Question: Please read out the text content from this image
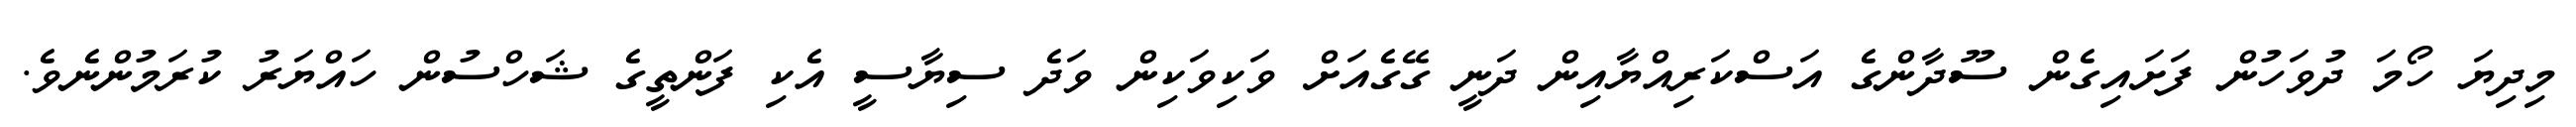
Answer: މިދިޔަ ހޯމަ ދުވަހުން ފަށައިގެން ސޫދާންގެ އަސްކަރިއްޔާއިން ދަނީ ގޭގެއަށް ވަކިވަކިން ވަދެ ސިޔާސީ އެކި ފަންތީގެ ޝަހްސުން ހައްޔަރު ކުރަމުންނެވެ.